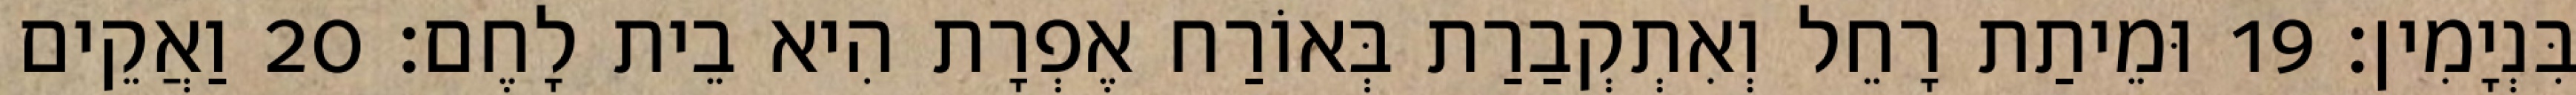
בִּנְיָמִין׃ 19 וּמֵיתַת רָחֵל וְאִתְקְבַרַת בְּאוֹרַח אֶפְרָת הִיא בֵית לָחֶם׃ 20 וַאֲקֵים